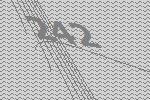
242